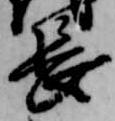
長